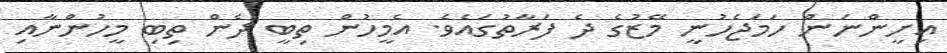
އިށީންނަން ހަމަޖެހުނީ މޭޒުގެ ދެ ފަރާތުގައެވެ. އެމީހުން ތިބީ ދެން ތިބި މީހުންނާއި